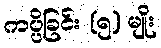
ကပ္ပိခြင်း (၅) မျိုး